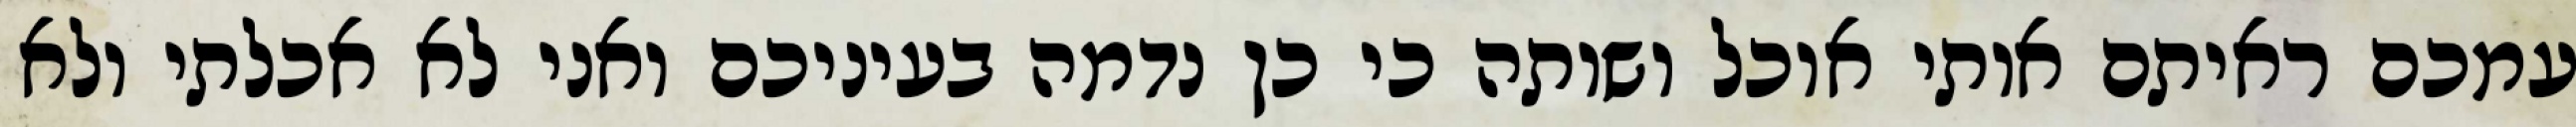
עמכם ראיתם אותי אוכל ושותה כי כן נדמה בעיניכם ואני לא אכלתי ולא